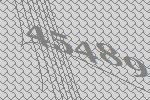
45489